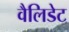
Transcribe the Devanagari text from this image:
वैलिडेट